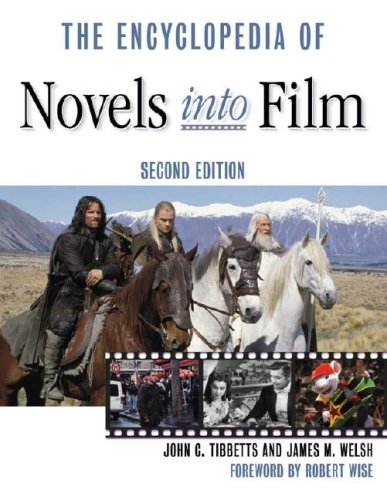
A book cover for The Encyclopedia of Novels into Film; John C. Tibbetts; Humor & Entertainment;